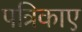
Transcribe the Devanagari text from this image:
पत्रिकाए